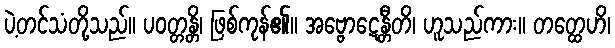
ပဲ့တင်သံတို့သည်။ ပဝတ္တန္တိ၊ ဖြစ်ကုန်၏။ အဗ္ဗောဋေန္တီတိ၊ ဟူသည်ကား။ တတ္ထေဟိ၊